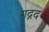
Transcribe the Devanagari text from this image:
गद्गद